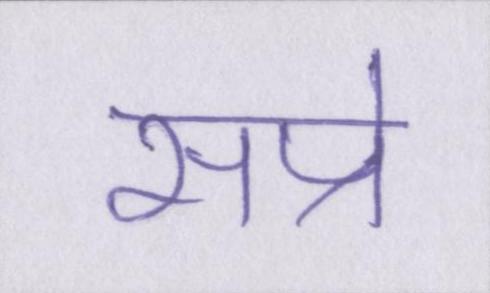
सप्रे